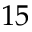
1 5